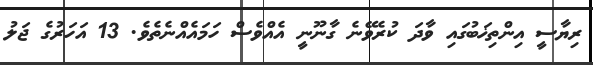
ރިޔާސީ އިންތިޚަބުގައި ވާދަ ކުރެވޭނެ ގާނޫނީ އެއްވެސް ހަމައެއްނެތެވެ. 13 އަހަރުގެ ޖަލު